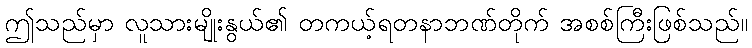
ဤသည်မှာ လူသားမျိုးနွယ်၏ တကယ့်ရတနာဘဏ်တိုက် အစစ်ကြီးဖြစ်သည်။